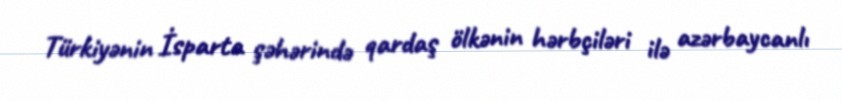
Türkiyənin İsparta şəhərində qardaş ölkənin hərbçiləri ilə azərbaycanlı